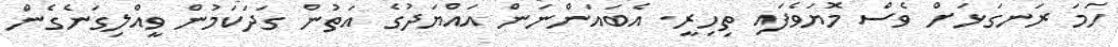
ހަމަ ރަނގަޅަށް ވެސް މޮޔަވެފައި ތިހިރީ. އެބައަންނަން އައްޔަދުގެ އަތުން ގަދަކަމުން ވީއްލިގަނެގެން